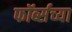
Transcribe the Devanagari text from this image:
फॉर्ब्सच्या